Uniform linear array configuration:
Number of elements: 4
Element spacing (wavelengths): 0.5
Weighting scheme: binomial
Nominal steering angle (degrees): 30
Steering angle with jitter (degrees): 29.188
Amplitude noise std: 0.05
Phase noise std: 0.05

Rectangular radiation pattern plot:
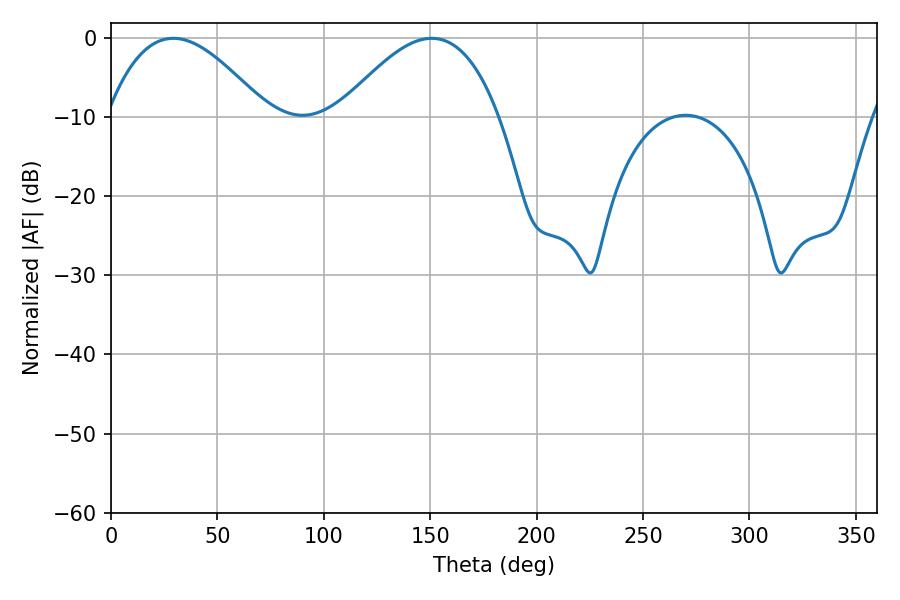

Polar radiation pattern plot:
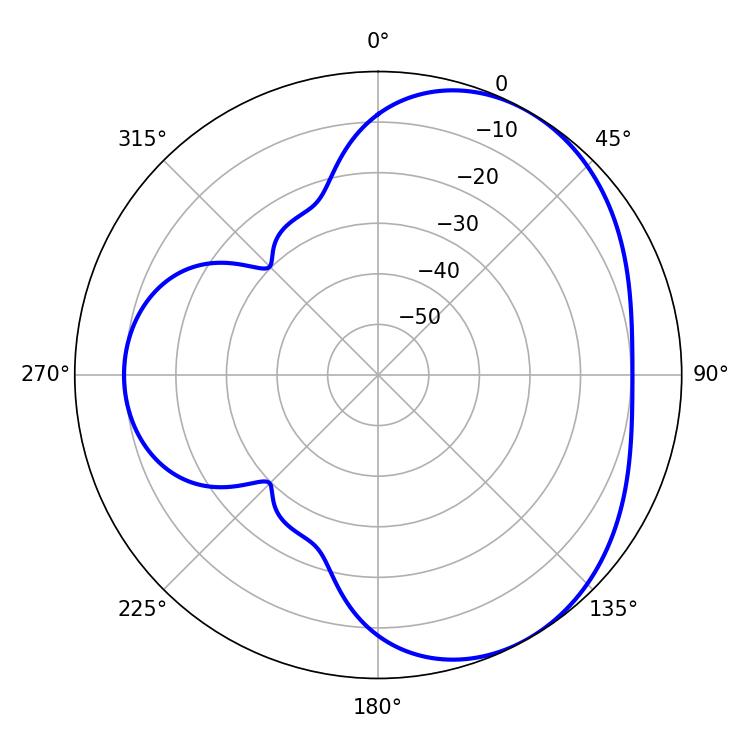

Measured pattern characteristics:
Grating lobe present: FALSE
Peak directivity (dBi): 4.071
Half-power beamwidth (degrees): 40.86
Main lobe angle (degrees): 29.34